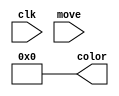
module ColorEnc(
   input clk,
	input [1:0] move,
	output reg [15:0] color
	 );
	
	//initialize cursor 
	initial color = 16'b0;
	
	always @ (posedge clk) begin
		case(move)
			2'b00: pixel <= pixel;
			
			2'b10: begin
				if(pixel < max)
					pixel <= pixel + 1'b1;
			end
			
			2'b01: begin
				if(pixel > 0)
					pixel <= pixel - 1'b1;
			end
			
			default: pixel <= pixel;
		endcase
	end
endmodule